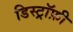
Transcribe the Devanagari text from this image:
डिस्ट्रॉफ़ी